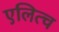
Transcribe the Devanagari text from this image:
एलित्च